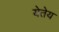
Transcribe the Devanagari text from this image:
येतेय